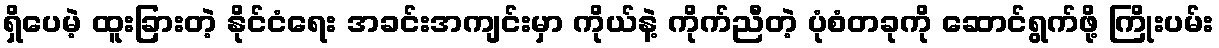
ရှိပေမဲ့ ထူးခြားတဲ့ နိုင်ငံရေး အခင်းအကျင်းမှာ ကိုယ်နဲ့ ကိုက်ညီတဲ့ ပုံစံတခုကို ဆောင်ရွက်ဖို့ ကြိုးပမ်း